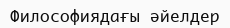
Философиядағы әйелдер